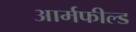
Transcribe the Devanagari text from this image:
आर्मफील्ड